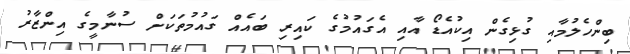
ބިންހެލުމާއި ގުޅިގެން އިކުއެޑޯ އާއި އެގައުމުގެ ކައިރި ބައެއް ގައުމުތަކަށް ސުނާމީގެ އިންޒާރު